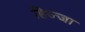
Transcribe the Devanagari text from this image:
हिज्जा